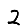
Digit: 2